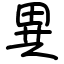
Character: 異